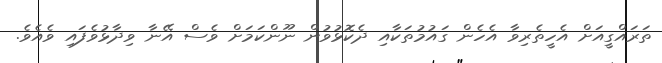
ތަރައްގީއަށް އެހީތެރިވާ އެހެން ގައުމުތަކާއި ދެކޮޅުވުން ނޫންކަމަށް ވެސް އޭނާ ވިދާޅުވެފައި ވެއެވެ.